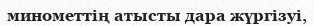
минометтің атысты дара жүргізуі,